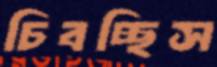
চিবচ্ছিস